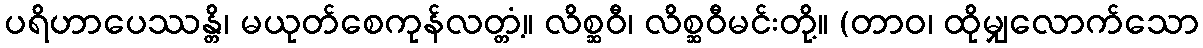
ပရိဟာပေဿန္တိ၊ မယုတ်စေကုန်လတ္တံ့။ လိစ္ဆဝီ၊ လိစ္ဆဝီမင်းတို့။ (တာဝ၊ ထိုမျှလောက်သော